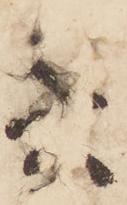
委